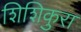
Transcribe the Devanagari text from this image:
शिशिकुरा